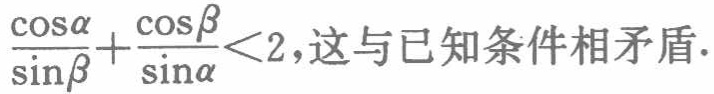
$\frac{\cos\alpha}{\sin\beta}+\frac{\cos\beta}{\sin\alpha}<2,这与已知条件相矛盾.$